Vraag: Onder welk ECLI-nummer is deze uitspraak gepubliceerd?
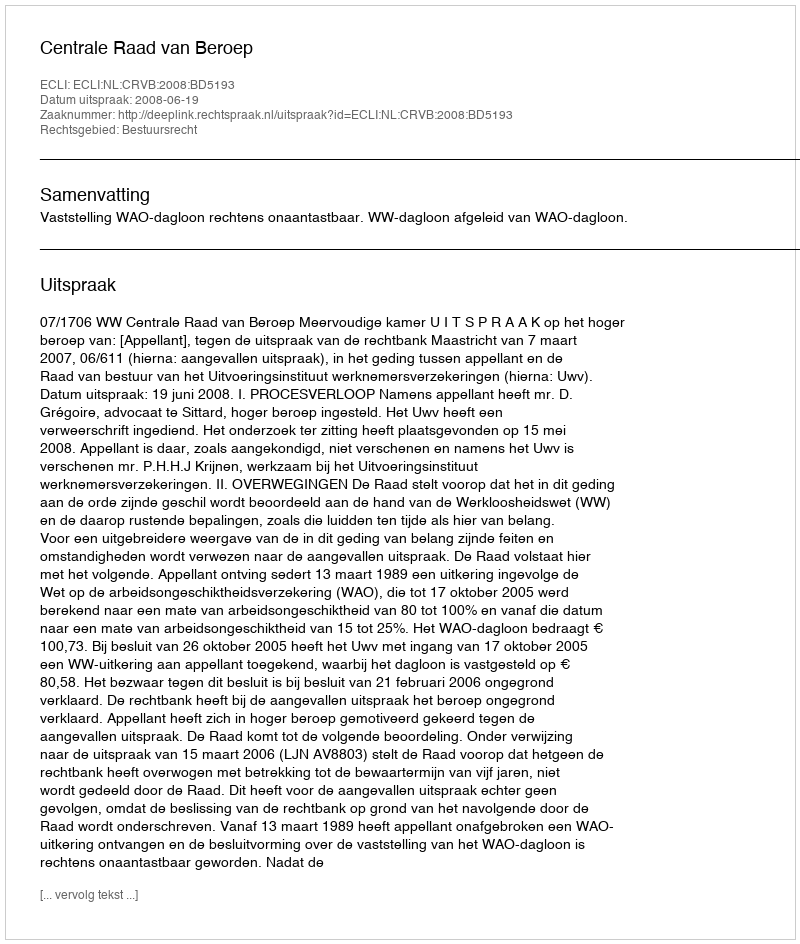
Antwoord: ECLI:NL:CRVB:2008:BD5193